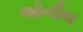
ઓનીલ